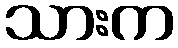
သားက